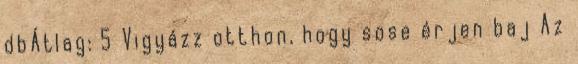
dbÁtlag: 5 Vigyázz otthon, hogy sose érjen baj Az